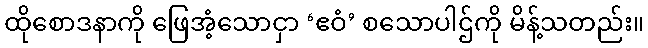
ထိုစောဒနာကို ဖြေအံ့သောငှာ ‘ဧဝံ’ စသောပါဌ်ကို မိန့်သတည်း။